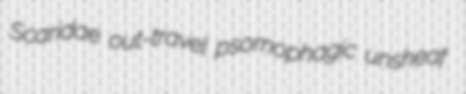
Scaridae out-travel psomophagic unsheaf